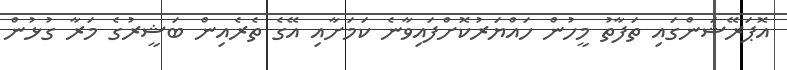
އޮޕަރޭޝަންގައި ތަފާތު މީހުން ހައްޔަރުކޮށްފައިވާނެ ކަމަށާއި އޭގެ ތެރެއިން ބަޝީރުގެ މަރާ ގުޅުން